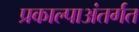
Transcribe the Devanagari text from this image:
प्रकाल्पाअंतर्गत